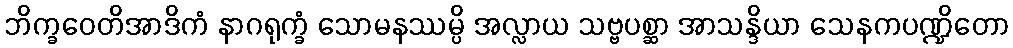
ဘိက္ခဝေတိအာဒိကံ နာဂရုက္ခံ သောမနဿမ္ပိ အလ္လာယ သဗ္ဗပစ္ဆာ အာသန္ဒိယာ သေနကပဏ္ဍိတော